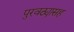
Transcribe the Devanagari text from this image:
पुरवठ्यासह